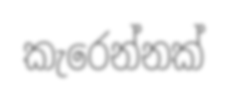
කැරෙන්නක්